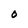
Character: O